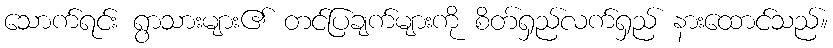
သောက်ရင်း ရွာသားများ၏ တင်ပြချက်များကို စိတ်ရှည်လက်ရှည် နားထောင်သည်။